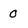
Character: o